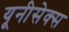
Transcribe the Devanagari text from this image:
यूनीसेक्स